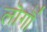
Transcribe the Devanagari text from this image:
लॊगॊं